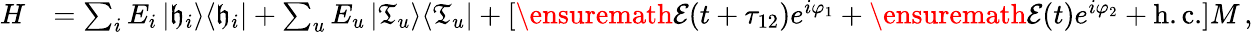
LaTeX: \begin{array}{rl}{H}&{=\sum_{i}E_{i}\left|\mathfrak{h}_{i}\right>\! \left<\mathfrak{h}_{i}\right|+\sum_{u}E_{u}\left|\mathfrak{T}_{u}\right>\! \left<\mathfrak{T}_{u}\right|+[\ensuremath{{\cal E}}(t+\tau_{12})e^{i\varphi_{1}}+\ensuremath{{\cal E}}(t)e^{i\varphi_{2}}+\mathrm{h.c.}]M\, ,}\end{array}